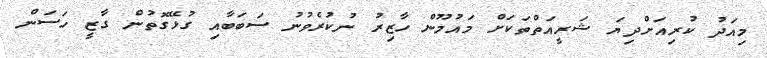
މިއަދު ކުރިއަށްދިޔަ ޝަރީއަތްތަކަށް މައުމޫން ހާޒިރު ނުކުރެވުނު ސަބަބާއި ގުޅޭގޮތުން ގާޒީ ހަސަން